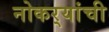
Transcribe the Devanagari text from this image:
नोकर्‍यांची